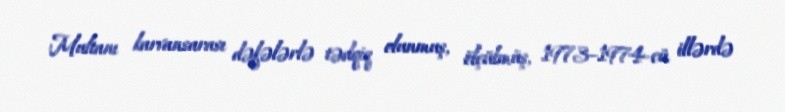
Multanı karvansarası dəfələrlə tədqiq olunmuş, ölçülmüş, 1973–1974-cü illərdə